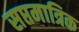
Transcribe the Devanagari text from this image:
सप्तमात्रिक